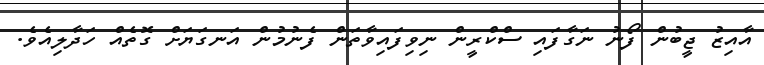
އާއިޒު ޖީބުން ފޯނު ނަގާފައި ސްކްރީން ނިވިފައިވާތަން ފެނުމުން އަނގަޔަށް ގޮތެއް ހަދާލިއެވެ.